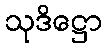
သုဒိဋ္ဌော